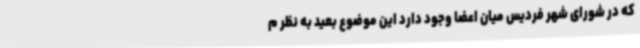
که در شورای شهر فردیس میان اعضا وجود دارد این موضوع بعید به نظر م